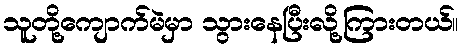
သူတို့ကျောက်မဲမှာ သွားနေပြီးလို့ကြားတယ်။